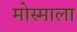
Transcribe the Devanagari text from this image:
मोस्माला